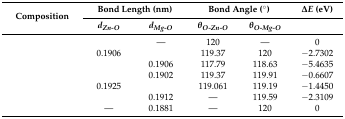
<table><thead><tr><td rowspan="2"><b>Composition</b></td><td colspan="2"><b>Bond Length (nm)</b></td><td colspan="2"><b>Bond Angle (°)</b></td><td><b>Δ<i>E</i> (eV)</b></td></tr><tr><td><b><i>d<sub>Zn-O</sub></i></b></td><td><b><i>d<sub>Mg-O</sub></i></b></td><td><b><i>θ<sub>O-Zn-O</sub></i></b></td><td><b><i>θ<sub>O-Mg-O</sub></i></b></td><td>[EMPTY_CELL]</td></tr></thead><tbody><tr><td>[EMPTY_CELL]</td><td>[EMPTY_CELL]</td><td>—</td><td>120</td><td>—</td><td>0</td></tr><tr><td>[EMPTY_CELL]</td><td>0.1906</td><td>[EMPTY_CELL]</td><td>119.37</td><td>120</td><td>−2.7302</td></tr><tr><td>[EMPTY_CELL]</td><td>[EMPTY_CELL]</td><td>0.1906</td><td>117.79</td><td>118.63</td><td>−5.4635</td></tr><tr><td>[EMPTY_CELL]</td><td>[EMPTY_CELL]</td><td>0.1902</td><td>119.37</td><td>119.91</td><td>−0.6607</td></tr><tr><td>[EMPTY_CELL]</td><td>0.1925</td><td>[EMPTY_CELL]</td><td>119.061</td><td>119.19</td><td>−1.4450</td></tr><tr><td>[EMPTY_CELL]</td><td>[EMPTY_CELL]</td><td>0.1912</td><td>—</td><td>119.59</td><td>−2.3109</td></tr><tr><td>[EMPTY_CELL]</td><td>—</td><td>0.1881</td><td>—</td><td>120</td><td>0</td></tr></tbody></table>